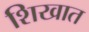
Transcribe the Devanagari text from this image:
शिखात